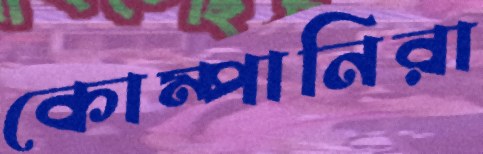
কোম্পানিরা